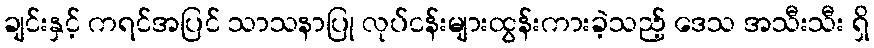
ချင်းနှင့် ကရင်အပြင် သာသနာပြု လုပ်ငန်းများထွန်းကားခဲ့သည့် ဒေသ အသီးသီး ရှိ